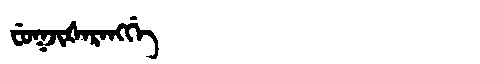
Manchu: ᠸᡠᡴᠵᡳᡧᠠᡵᠠᠩᡤᡝ
Romanization: FUKJIŠARANGGE